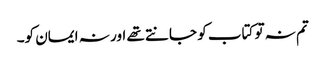
تم نہ تو کتاب کو جانتے تھے اور نہ ایمان کو۔